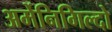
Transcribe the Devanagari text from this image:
अर्मेनिगिल्दो